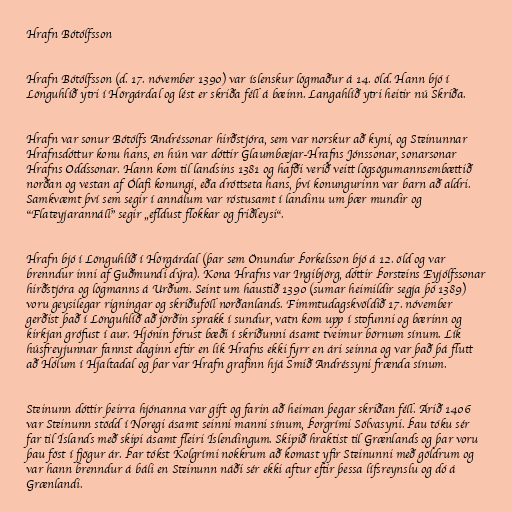
Hrafn Bótólfsson

Hrafn Bótólfsson (d. 17. nóvember 1390) var íslenskur lögmaður á 14. öld. Hann bjó í
Lönguhlíð ytri í Hörgárdal og lést er skriða féll á bæinn. Langahlíð ytri heitir nú Skriða.

Hrafn var sonur Bótólfs Andréssonar hirðstjóra, sem var norskur að kyni, og Steinunnar
Hrafnsdóttur konu hans, en hún var dóttir Glaumbæjar-Hrafns Jónssonar, sonarsonar
Hrafns Oddssonar. Hann kom til landsins 1381 og hafði verið veitt lögsögumannsembættið
norðan og vestan af Ólafi konungi, eða dróttseta hans, því konungurinn var barn að aldri.
Samkvæmt því sem segir í annálum var róstusamt í landinu um þær mundir og
"Flateyjarannáll" segir „efldust flokkar og friðleysi“.

Hrafn bjó í Lönguhlíð í Hörgárdal (þar sem Önundur Þorkelsson bjó á 12. öld og var
brenndur inni af Guðmundi dýra). Kona Hrafns var Ingibjörg, dóttir Þorsteins Eyjólfssonar
hirðstjóra og lögmanns á Urðum. Seint um haustið 1390 (sumar heimildir segja þó 1389)
voru geysilegar rigningar og skriðuföll norðanlands. Fimmtudagskvöldið 17. nóvember
gerðist það í Lönguhlíð að jörðin sprakk í sundur, vatn kom upp í stofunni og bærinn og
kirkjan grófust í aur. Hjónin fórust bæði í skriðunni ásamt tveimur börnum sínum. Lík
húsfreyjunnar fannst daginn eftir en lík Hrafns ekki fyrr en ári seinna og var það þá flutt
að Hólum í Hjaltadal og þar var Hrafn grafinn hjá Smið Andréssyni frænda sínum.

Steinunn dóttir þeirra hjónanna var gift og farin að heiman þegar skriðan féll. Árið 1406
var Steinunn stödd í Noregi ásamt seinni manni sínum, Þorgrími Sölvasyni. Þau tóku sér
far til Íslands með skipi ásamt fleiri Íslendingum. Skipið hraktist til Grænlands og þar voru
þau föst í fjögur ár. Þar tókst Kolgrími nokkrum að komast yfir Steinunni með göldrum og
var hann brenndur á báli en Steinunn náði sér ekki aftur eftir þessa lífsreynslu og dó á
Grænlandi.